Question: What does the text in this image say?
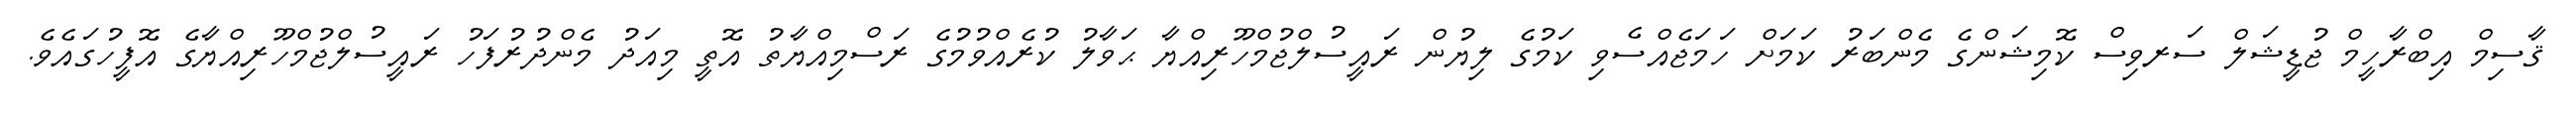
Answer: ޤާސިމް އިބްރާހީމް ޖުޑީޝަލް ސަރވިސް ކޮމިޝަންގެ މެންބަރު ކަމަށް ހަމަޖެއްސެވި ކަމުގެ ލިޔުން ރައީސުލްޖުމްހޫރިއްޔާ ޙަވާލު ކުރެއްވުމުގެ ރަސްމިއްޔާތު އޮތީ މިއަދު މެންދުރުފަހު ރައީސުލްޖުމްހޫރިއްޔާގެ އޮފީހުގައެވެ.